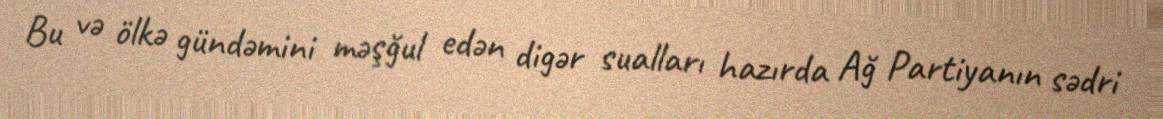
Bu və ölkə gündəmini məşğul edən digər sualları hazırda Ağ Partiyanın sədri